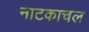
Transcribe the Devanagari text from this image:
नाटकाचल